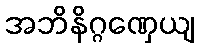
အဘိနိဂ္ဂဏှေယျ